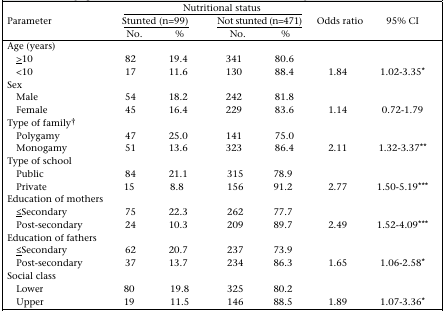
<table><thead><tr><td></td><td colspan="4"><b>Nutritional status</b></td><td></td><td></td></tr><tr><td><b>Parameter</b></td><td colspan="2"><b><underline>Stunted (n=99)</underline></b></td><td colspan="2"><b><underline>Not stunted (n=471)</underline></b></td><td><b>Odds ratio</b></td><td><b>95% CI</b></td></tr><tr><td></td><td><b>No.</b></td><td><b>%</b></td><td><b>No.</b></td><td><b>%</b></td><td></td><td></td></tr></thead><tbody><tr><td>Age (years)</td><td></td><td></td><td></td><td></td></tr><tr><td>≥10</td><td>82</td><td>19.4</td><td>341</td><td>80.6</td><td></td><td></td></tr><tr><td>&lt;10</td><td>17</td><td>11.6</td><td>130</td><td>88.4</td><td>1.84</td><td>1.02-3.35*</td></tr><tr><td>Sex</td><td></td><td></td><td></td><td></td></tr><tr><td>Male</td><td>54</td><td>18.2</td><td>242</td><td>81.8</td><td></td><td></td></tr><tr><td>Female</td><td>45</td><td>16.4</td><td>229</td><td>83.6</td><td>1.14</td><td>0.72-1.79</td></tr><tr><td>Type of family†</td><td></td><td></td><td></td><td></td></tr><tr><td>Polygamy</td><td>47</td><td>25.0</td><td>141</td><td>75.0</td><td></td><td></td></tr><tr><td>Monogamy</td><td>51</td><td>13.6</td><td>323</td><td>86.4</td><td>2.11</td><td>1.32-3.37**</td></tr><tr><td>Type of school</td><td></td><td></td><td></td><td></td></tr><tr><td>Public</td><td>84</td><td>21.1</td><td>315</td><td>78.9</td><td></td><td></td></tr><tr><td>Private</td><td>15</td><td>8.8</td><td>156</td><td>91.2</td><td>2.77</td><td>1.50-5.19***</td></tr><tr><td>Education of mothers</td><td></td><td></td><td></td><td></td></tr><tr><td>≦Secondary</td><td>75</td><td>22.3</td><td>262</td><td>77.7</td><td></td><td></td></tr><tr><td>Post-secondary</td><td>24</td><td>10.3</td><td>209</td><td>89.7</td><td>2.49</td><td>1.52-4.09***</td></tr><tr><td>Education of fathers</td><td></td><td></td><td></td><td></td></tr><tr><td>≦Secondary</td><td>62</td><td>20.7</td><td>237</td><td>73.9</td><td></td><td></td></tr><tr><td>Post-secondary</td><td>37</td><td>13.7</td><td>234</td><td>86.3</td><td>1.65</td><td>1.06-2.58*</td></tr><tr><td>Social class</td><td></td><td></td><td></td><td></td></tr><tr><td>Lower</td><td>80</td><td>19.8</td><td>325</td><td>80.2</td><td></td><td></td></tr><tr><td>Upper</td><td>19</td><td>11.5</td><td>146</td><td>88.5</td><td>1.89</td><td>1.07-3.36*</td></tr></tbody></table>